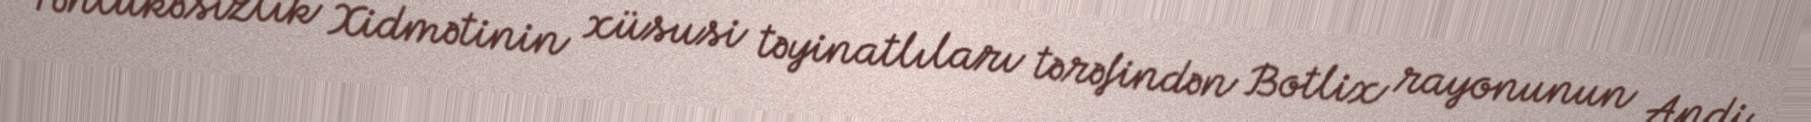
Təhlükəsizlik Xidmətinin xüsusi təyinatlıları tərəfindən Botlix rayonunun Andi